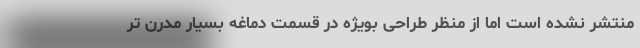
منتشر نشده است اما از منظر طراحی بویژه در قسمت دماغه بسیار مدرن تر